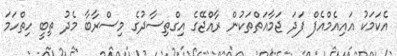
އެކަމަކު އައިއެމްއެފް ފަދަ ޖަމާއަތްތަކުން ރާއްޖޭގެ އިގްތިސާދުގެ މިސްރާބާ މެދު ތިބީ ހިތްހަމަ